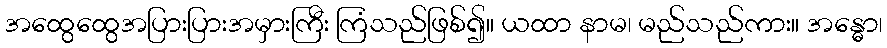
အထွေထွေအပြားပြားအမှားကြီး ကြံသည်ဖြစ်၍။ ယထာ နာမ၊ မည်သည်ကား။ အန္ဓော၊